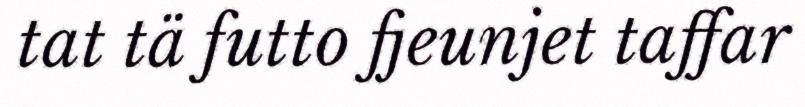
tat tä futto fjeunjet taffar